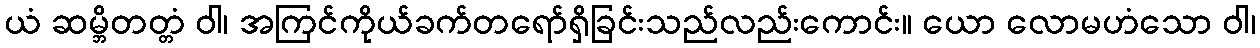
ယံ ဆမ္ဘိတတ္တံ ဝါ၊ အကြင်ကိုယ်ခက်တရော်ရှိခြင်းသည်လည်းကောင်း။ ယော လောမဟံသော ဝါ၊